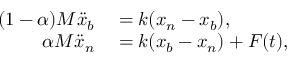
\begin{array} { r l } { ( 1 - \alpha ) M \ddot { x } _ { b } } & { { } = k ( x _ { n } - x _ { b } ) , } \\ { \alpha M \ddot { x } _ { n } } & { { } = k ( x _ { b } - x _ { n } ) + F ( t ) , } \end{array}